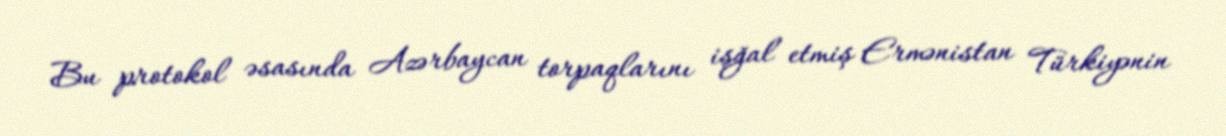
Bu protokol əsasında Azərbaycan torpaqlarını işğal etmiş Ermənistan Türkiyənin